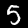
Digit: 5